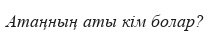
Атаңның аты кім болар?